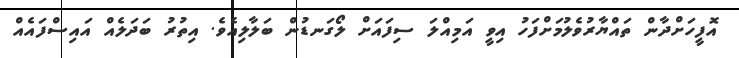
އޮފީހަށްދާން ތައްޔާރުވެލުމަށްފަހު އިވީ އަމިއްލަ ސިފައަށް ލޯގަނޑުން ބަލާލިއެވެ. އިތުރު ބަދަލެއް އައިސްފައެއް